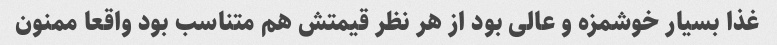
غذا بسیار خوشمزه و عالی بود از هر نظر قیمتش هم متناسب بود واقعا ممنون